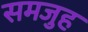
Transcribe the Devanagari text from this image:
समजुह